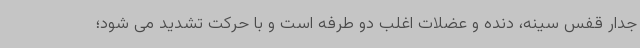
جدار قفس سینه، دنده و عضلات اغلب دو طرفه است و با حرکت تشدید می شود؛